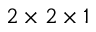
2 \times 2 \times 1